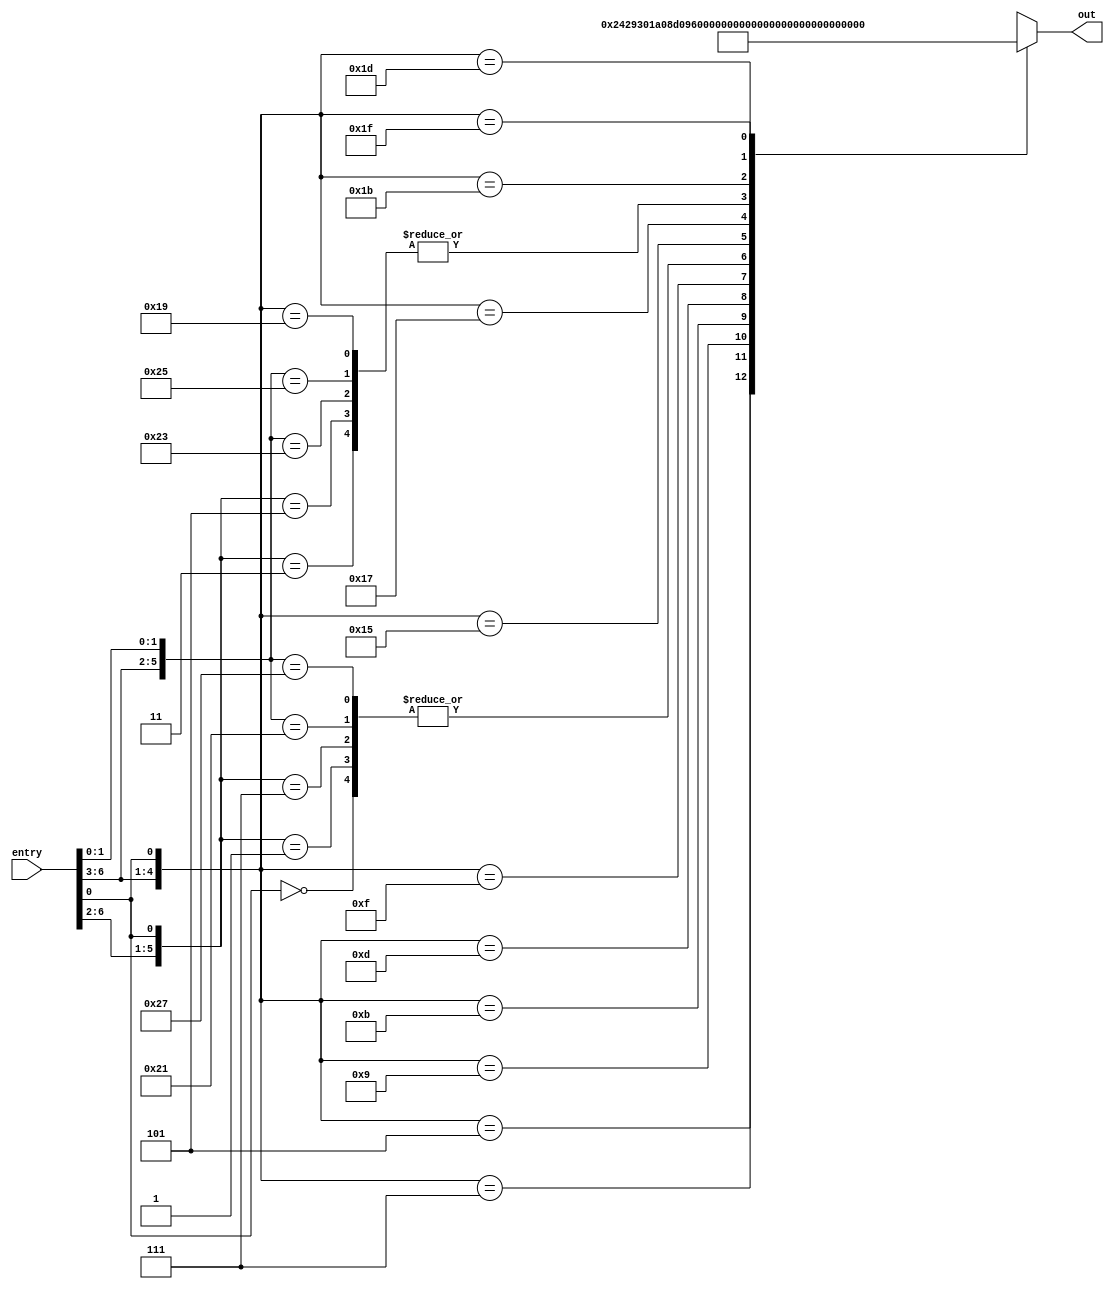
module Rom_2 (input [6:0] entry, output [12:0] out);
  reg [12:0] out;
  always @ (*) begin
    casez (entry)
      7'b??????0: out = 13'b1000000001000;
      7'b00001?1: out = 13'b0100000001000;
      7'b00000?1: out = 13'b1000000001000;
      7'b00011?1: out = 13'b1000000001000;
      7'b00010?1: out = 13'b0100000001000;
      7'b0010??1: out = 13'b0001001000010;
      7'b0011??1: out = 13'b1001001100000;
      7'b0100??1: out = 13'b0011010000010;
      7'b0101??1: out = 13'b0011010000100;
      7'b0110??1: out = 13'b1011010100000;
      7'b0111??1: out = 13'b1000000111000;
      7'b1000?11: out = 13'b0100000001000;
      7'b1000?01: out = 13'b1000000001000;
      7'b1001?11: out = 13'b1000000001000;
      7'b1001?01: out = 13'b0100000001000;
      7'b1010??1: out = 13'b0011011000010;
      7'b1011??1: out = 13'b1011011100000;
      7'b1100??1: out = 13'b0100000001000;
      7'b1101??1: out = 13'b0000000001001;
      7'b1110??1: out = 13'b0011100000010;
      7'b1111??1: out = 13'b1011100100000;
      default: out = 13'b0000000000000;
    endcase
  end
endmodule